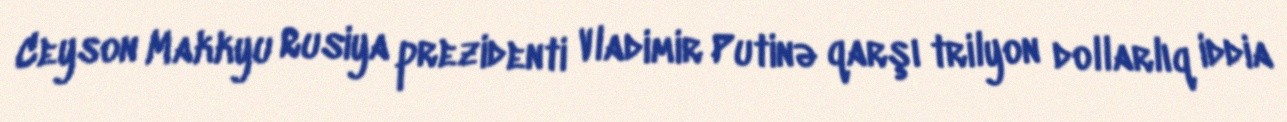
Ceyson Makkyu Rusiya prezidenti Vladimir Putinə qarşı trilyon dollarlıq iddia